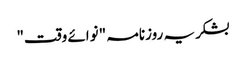
بشکریہ روزنامہ "نوائے وقت"